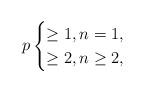
LaTeX: \begin{align*}p\begin{cases} \geq 1,n=1,\\\geq 2,n\geq2,\end{cases}\end{align*}